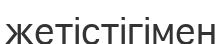
жетістігімен